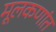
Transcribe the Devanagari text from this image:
मूलकणांत